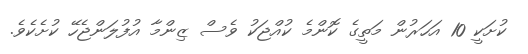
ކުށަކީ 10 އަހަރުން މަތީގެ ކޮންމެ ކުއްޖަކު ވެސް ޒިންމާ އުފުލަންޖެހޭ ކުށެކެވެ.